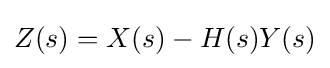
Z(s)=X(s)-H(s)Y(s)